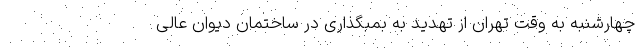
چهارشنبه به وقت تهران از تهدید به بمبگذاری در ساختمان دیوان عالی